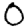
Digit: 0